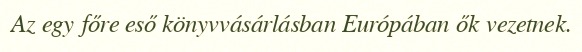
Az egy főre eső könyvvásárlásban Európában ők vezetnek.